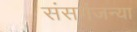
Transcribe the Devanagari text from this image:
संसर्गजन्या